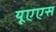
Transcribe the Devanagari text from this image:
यूएएस